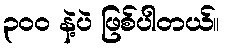
၃၀၀ နဲ့ပဲ ဖြစ်ပါတယ်။